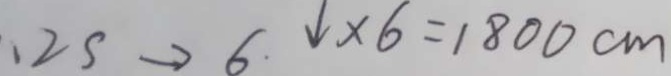
. 2 s \rightarrow 6 \downarrow \times 6 = 1 8 0 0 c m